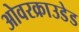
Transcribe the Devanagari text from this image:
ओवरक्राउडेड